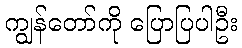
ကျွန်တော်ကို ပြောပြပါဦး